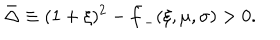
LaTeX: \bar { \Delta } \equiv ( 1 + \xi ) ^ { 2 } - \bar { f } _ { - } ( \xi , \mu , \sigma ) > 0 .